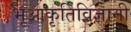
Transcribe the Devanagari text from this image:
भूआकृतिविज्ञानी